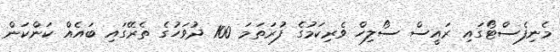
މެނިފެސްޓޯގައި ރައީސް ސޯލިހް ވެރިކަމުގެ ފުރަތަމަ 100 ދުވަހުގެ ތެރޭގައި ބައެއް ކަންކަން